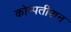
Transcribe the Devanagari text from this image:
कोम्पतीशन